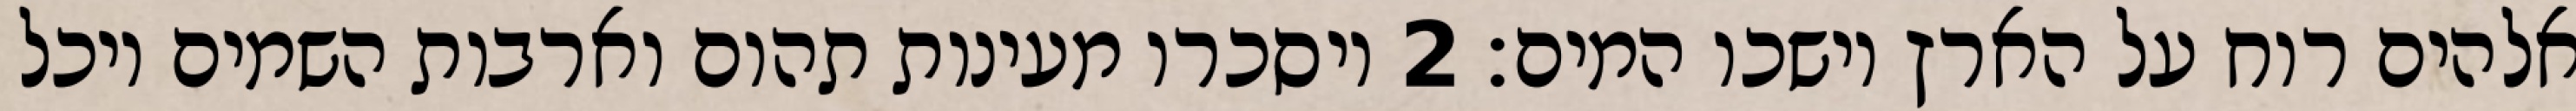
אלהים רוח על הארץ וישכו המים׃ ‎2‏ ויסכרו מעינות תהום וארבות השמים ויכל